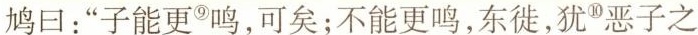
”鸠口：”子能更^{⑨}鸣，可矣；不能更鸣，东徙，犹^{⑩}恶子之